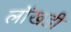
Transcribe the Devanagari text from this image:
लोंखडी